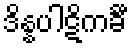
ဒိန္နပါဋိကင်္ခီ